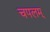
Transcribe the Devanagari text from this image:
चपलम्